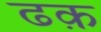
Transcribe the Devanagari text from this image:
ढक़